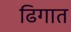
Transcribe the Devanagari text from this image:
ढिगात